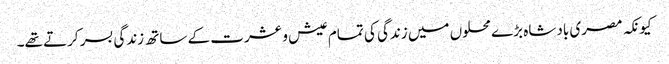
کیونکہ مصری بادشاہ بڑے محلوں میں زندگی کی تمام عیش و عشرت کے ساتھ زندگی بسر کرتے تھے۔